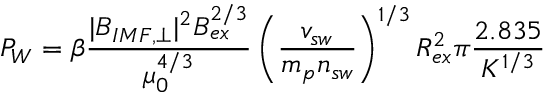
P _ { W } = \beta \frac { | B _ { I M F , \perp } | ^ { 2 } B _ { e x } ^ { 2 / 3 } } { \mu _ { 0 } ^ { 4 / 3 } } \left( \frac { v _ { s w } } { m _ { p } n _ { s w } } \right) ^ { 1 / 3 } R _ { e x } ^ { 2 } \pi \frac { 2 . 8 3 5 } { K ^ { 1 / 3 } }